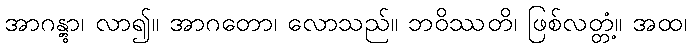
အာဂန္တွာ၊ လာ၍။ အာဂတော၊ လောသည်။ ဘဝိဿတိ၊ ဖြစ်လတ္တံ့။ အထ၊